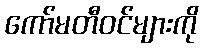
ကော်မတီဝင်များကို